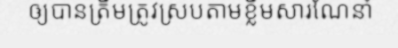
ឲ្យបានត្រឹមត្រូវស្របតាមខ្លឹមសារណែនាំ